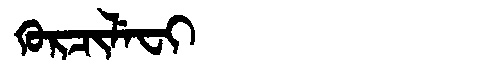
Manchu: ᡴᡠᡵᠴᡳᠯᡝᠸᡳ
Romanization: KURCILEFI